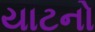
યાટનો